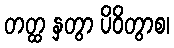
တတ္ထ နှတွာ ပိဝိတွာစ၊